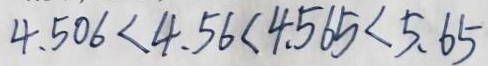
4 . 5 0 6 < 4 . 5 6 < 4 . 5 6 5 < 5 . 6 5